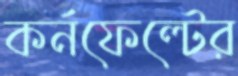
কর্নফেল্টের